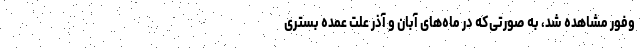
وفور مشاهده شد، به صورتی‌که در ماه‌های آبان و آذر علت عمده بستری